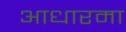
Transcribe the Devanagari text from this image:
आधारमा